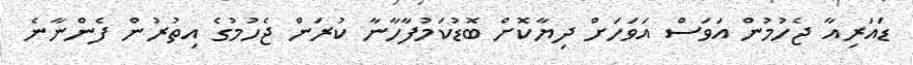
ޑައަރިއާ ޖެހުމުން އަވަސް އަވަހަށް ދިޔާކޮށް ބޮޑުކަމުފާހާނާ ކުރަން ޖެހުމުގެ އިތުރުން ފެންނާނެ